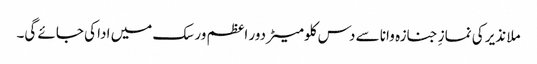
ملا نذیر کی نمازِ جنازہ وانا سے دس کلومیٹر دور اعظم ورسک میں ادا کی جائے گی۔